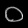
Digit: ၀